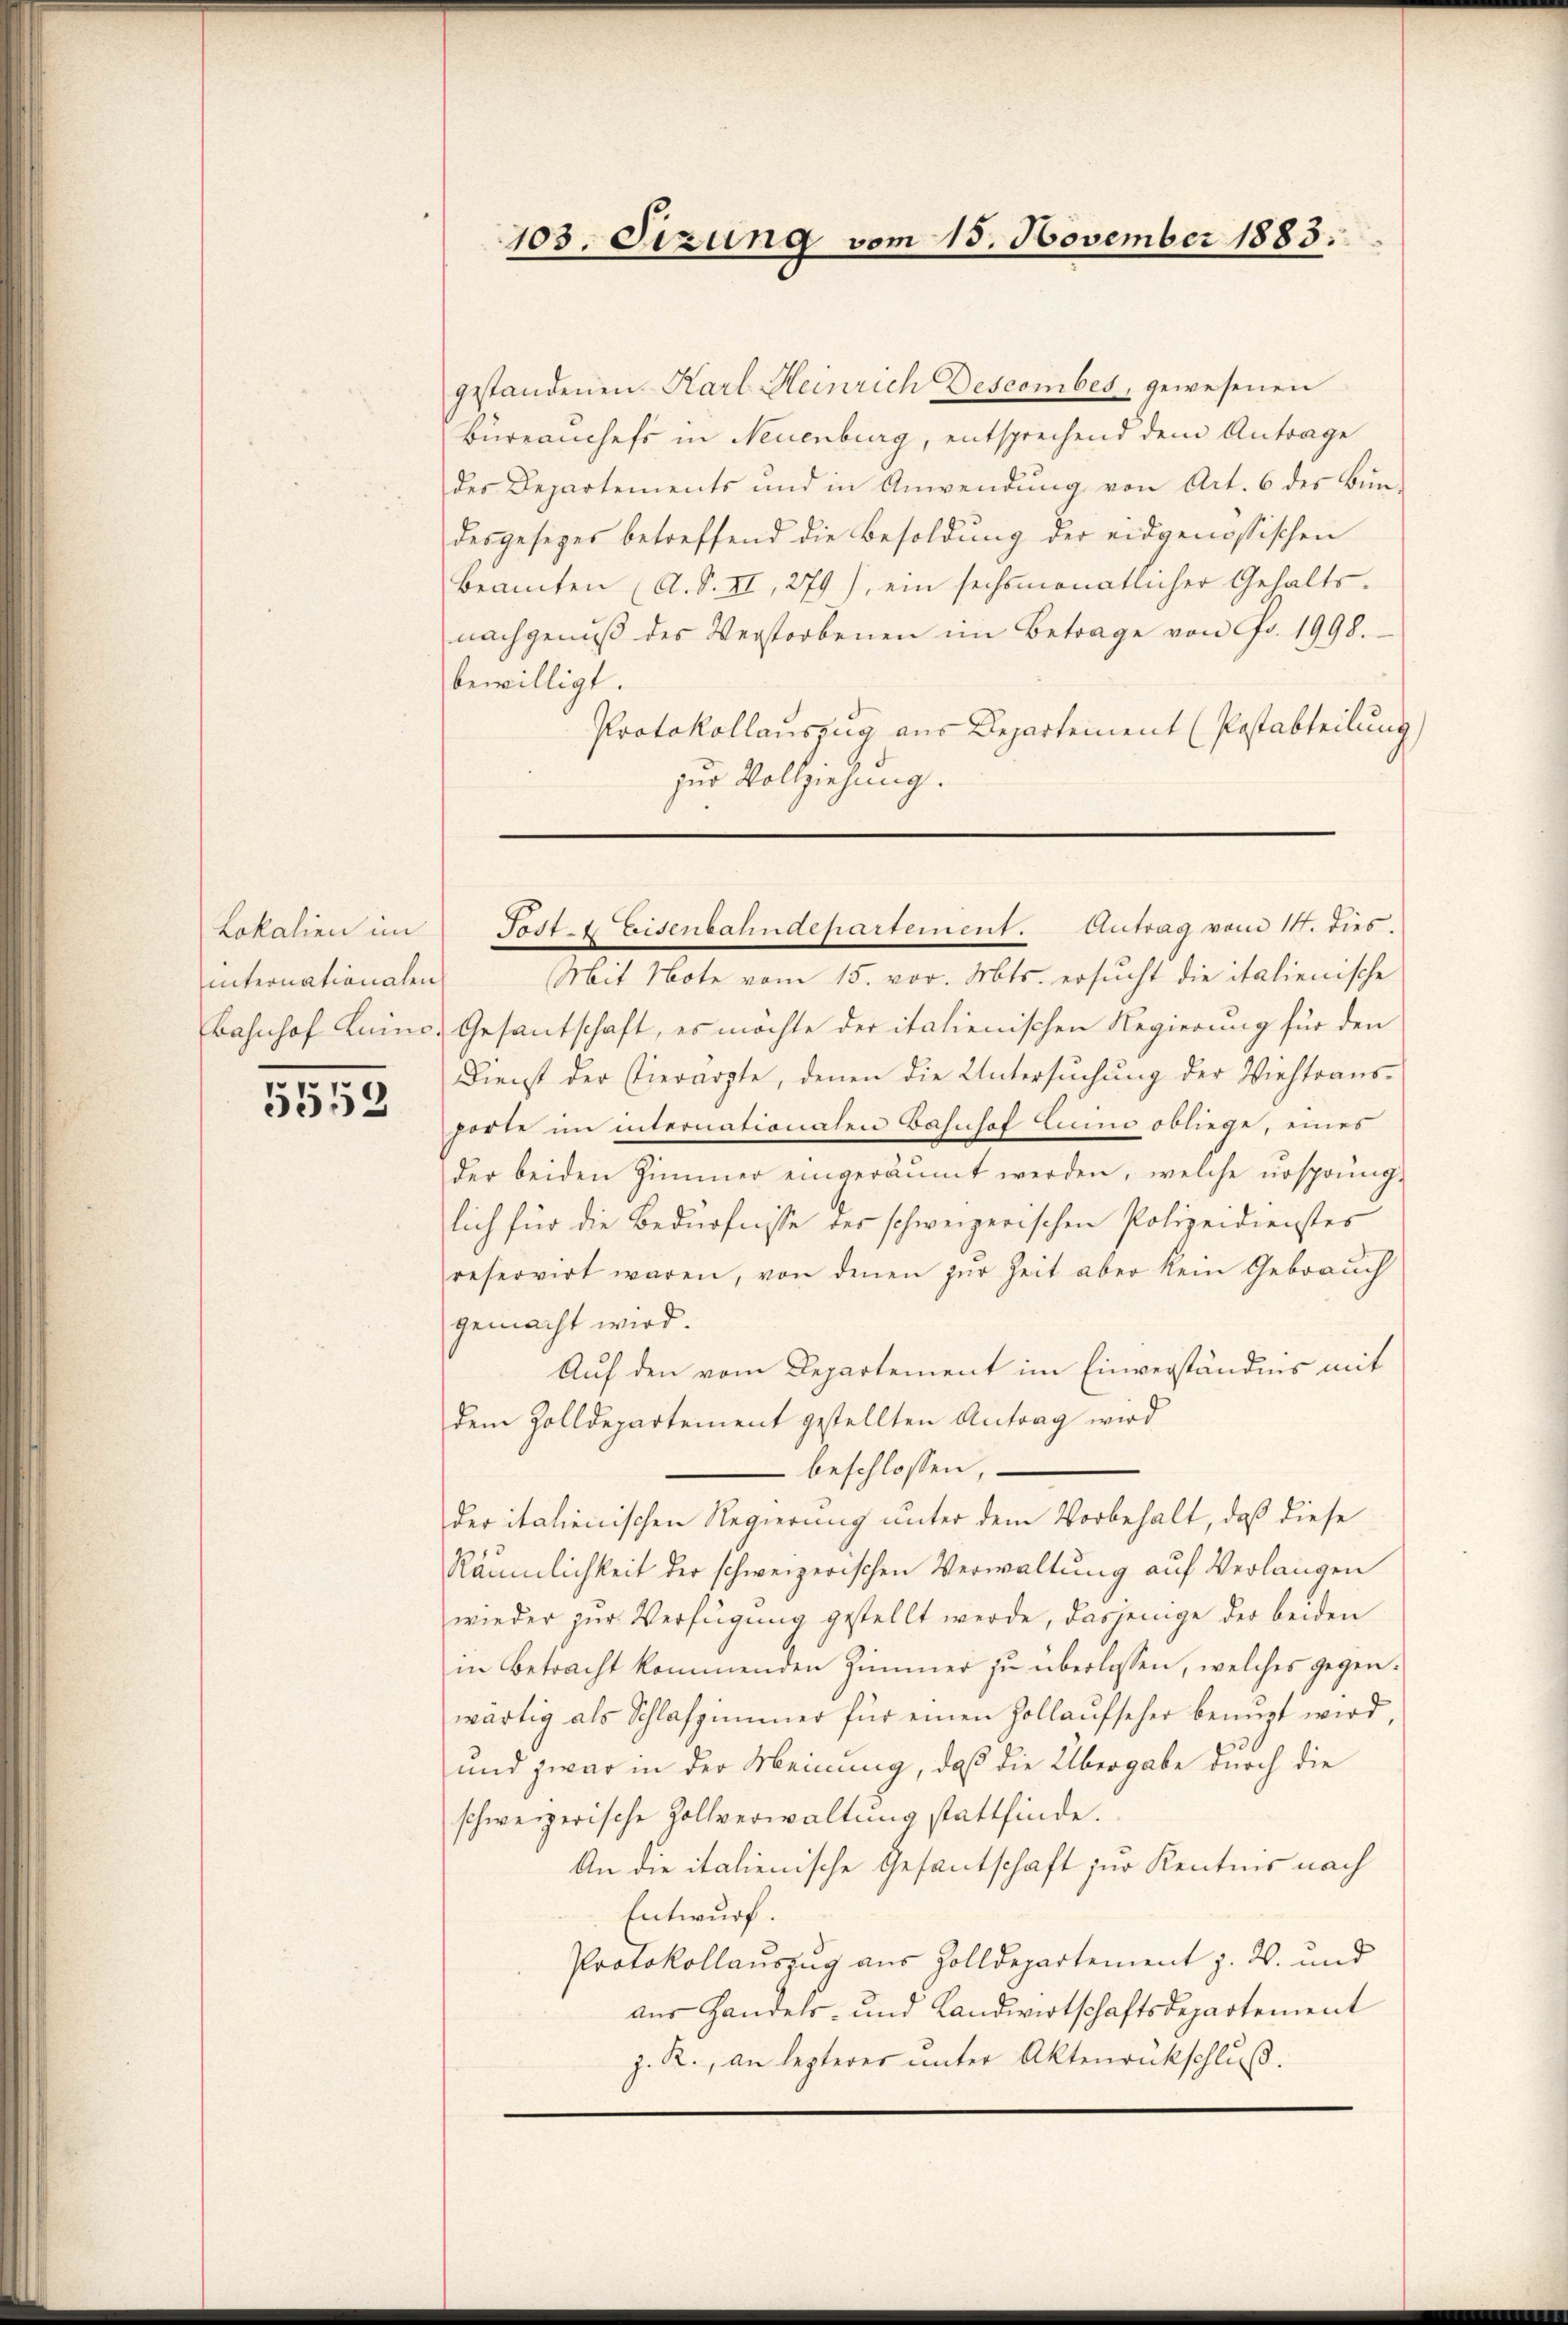
Lokalien im
internationalen

5552

gestandenen Karl Heinrich Descombes, gewesenen
Büreanchefs in Neuenburg, entsprechend dem Antrage
des Departements und in Anwendŭng von Art. 6 des Bun-
desgesezes betreffend die Besoldung der eidgenössischen
Beamten (A. S. II, 279), ein sechsmonatlicher Gehalts-
nachgenuß des Verstorbenen im Betrage von Fr. 1998.
bewilligt.
Protokollauszug aus Departement (Postabteilung)
zur Vollziehung.

103. Sizung vom 15. November 1883.

Post. Eisenbahndepartement. Antrag vom 14. dies.

Mit Note vom 15. vor. Mts. ersucht die italienische
Bahnhof Luino. Gesantschaft, es möchte der italienischen Regierung für den
Dienst der hierarzte, denen die Untersŭchŭng der Viehtrans-
porte im internationalen Bahnhof Luino obliege, eines
der beiden Zimmer eingeräumt werden, welche ursprüng-
lich für die Bedürfnisse der schweizerischen Polizeidienstes
reservirt waren, von denen zur Zeit aber kein Gebrauch
gemacht wird.
Auf den vom Departement im Einverständnis mit
dem Zolldepartement gestellten Antrag wird
beschlossen,
der italienischen Regierung unter dem Vorbehalt, daß diese
Räumlichkeit der schweizerischen Verwaltung auf Verlangen
wieder zur Verfügung gestellt werde, dasjenige der beiden
in Betracht kommenden Zimmer zu überlassen, welches gegenwärtig als Schlafzimmer für einen Zollaŭfseher benuzt wird,
und zwar in der Meinung, daß die Übergabe durch die
schweizerische Zollverwaltung stattfinde.
An die italienische Gesantschaft zur Kenntnis nach
Entwurf.
Protokollauszug aus Zolldepartement J. W. und
aus Handels- und Landwirtschaftsdepartement
z. R., an lezterer unter Aktenrückschluß.